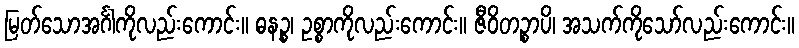
မြတ်သောအင်္ဂါကိုလည်းကောင်း။ ဓနဉ္စ၊ ဥစ္စာကိုလည်းကောင်း။ ဇီဝိတဉ္စာပိ၊ အသက်ကိုသော်လည်းကောင်း။